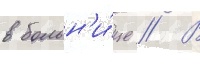
в больн'и́це // В